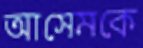
আসেমকে